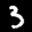
Label: 3